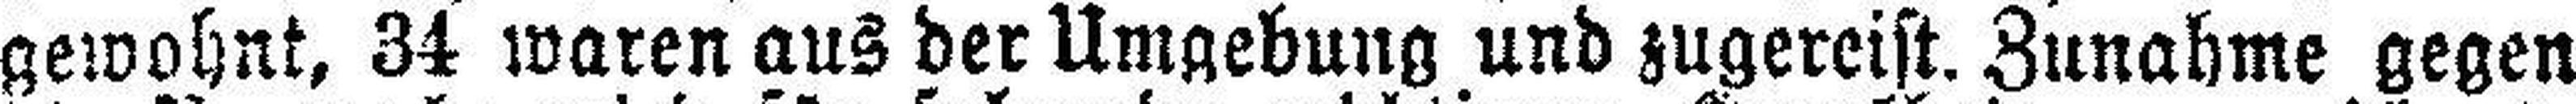
gewohnt, 34 waren aus der Umgebung und zugereist. Zunahme gegen